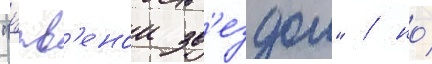
"црв'енои зв'ездои" / но́